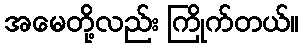
အမေတို့လည်း ကြိုက်တယ်။